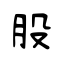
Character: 股